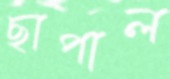
ছাপাল